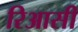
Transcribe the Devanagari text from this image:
रिआसी